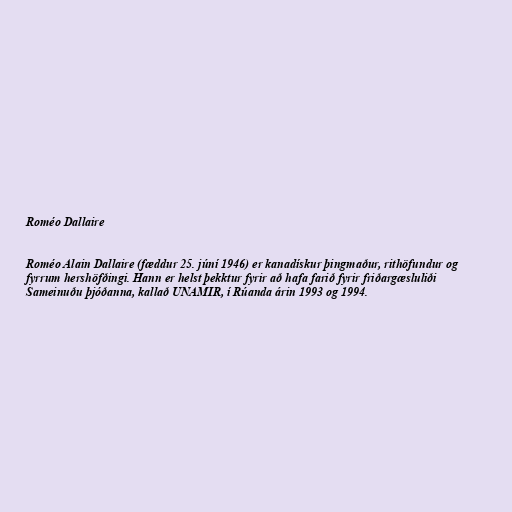
Roméo Dallaire

Roméo Alain Dallaire (fæddur 25. júní 1946) er kanadískur þingmaður, rithöfundur og
fyrrum hershöfðingi. Hann er helst þekktur fyrir að hafa farið fyrir friðargæsluliði
Sameinuðu þjóðanna, kallað UNAMIR, í Rúanda árin 1993 og 1994.